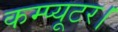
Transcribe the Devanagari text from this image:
कम्प्यूटर।